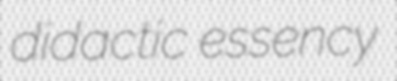
didactic essency